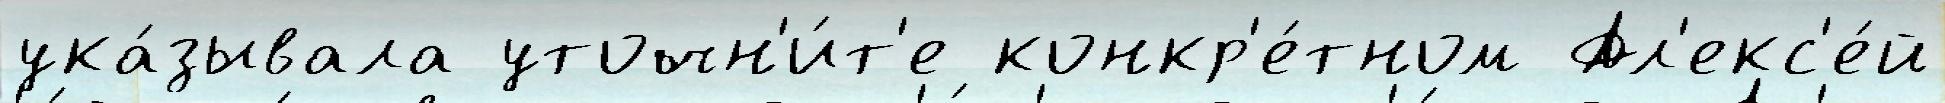
ука́зывала уточн'и́т'е конкр'е́тном Ал'екс'е́й